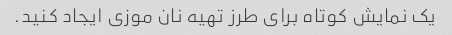
یک نمایش کوتاه برای طرز تهیه نان موزی ایجاد کنید.